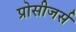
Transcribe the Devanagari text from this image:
प्रोसीजर्स